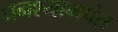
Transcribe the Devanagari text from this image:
घनश्यामपंत